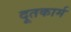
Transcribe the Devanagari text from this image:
दूतकार्म